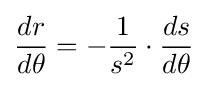
{\frac {dr}{d\theta }}=-{\frac {1}{s^{2}}}\cdot {\frac {ds}{d\theta }}